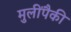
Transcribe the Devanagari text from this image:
मुलींपैकी